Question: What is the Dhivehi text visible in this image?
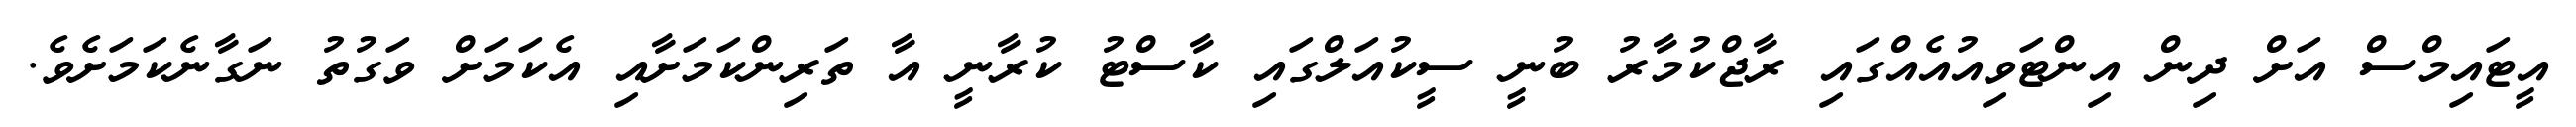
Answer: އީޓައިމްސް އަށް ދިން އިންޓަވިއުއެއްގައި ރާޖްކުމާރު ބުނީ ސީކުއަލްގައި ކާސްޓު ކުރާނީ އާ ތަރިންކަމަށާއި އެކަމަށް ވަގުތު ނަގާނެކަމަށެވެ.